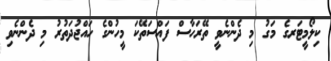
ކިލޯމީޓަރގެ މަގު މި ދެންނެވީ ތޭރަހާސް ފައްސަތޭކަ މީހުންގެ ހައްޖުދަތުރު މި ދެންނެވި